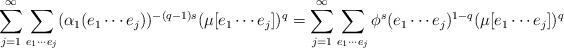
LaTeX: \begin{align*}\sum_{j=1}^{\infty} \sum_{e_{1}\cdots e_j}(\alpha_1(e_{1}\cdots e_j))^{-(q-1)s}(\mu[e_{1}\cdots e_j])^q& = \sum_{j=1}^{\infty} \sum_{e_{1}\cdots e_j}\phi^s(e_1 \cdots e_j)^{1-q}(\mu[e_{1}\cdots e_j])^q\end{align*}